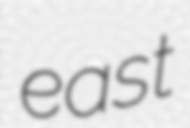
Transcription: east